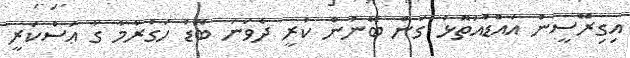
އިގިރޭސީން އައްޑުއަތޮޅު ގަން ބޭނުން ކުރީ ދެވަނަ ބޮޑު ހަގުރާމާ ގާ ޢަސްކަރީ